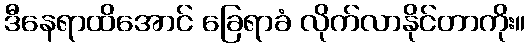
ဒီနေရာထိအောင် ခြေရာခံ လိုက်လာနိုင်တာကိုး။